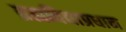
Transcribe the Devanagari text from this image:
ब्रह्मविद्याप्रधान